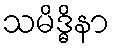
သမိဒ္ဓိနာ